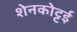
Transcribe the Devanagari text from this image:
शेनकोट्टई